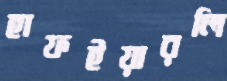
হাফইয়ারলি